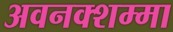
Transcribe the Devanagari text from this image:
अवनक्शम्मा